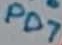
Text: PD7